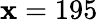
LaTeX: \mathbf{x}=195